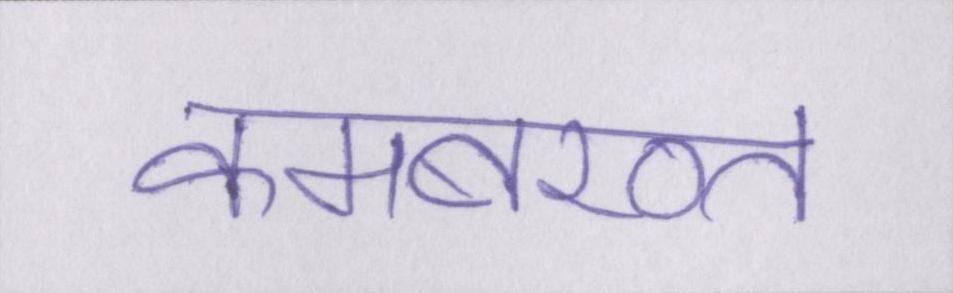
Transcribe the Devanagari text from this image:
कमबख्त